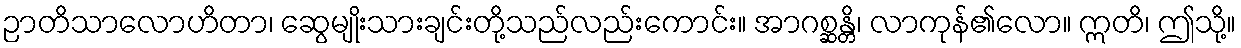
ဉာတိသာလောဟိတာ၊ ဆွေမျိုးသားချင်းတို့သည်လည်းကောင်း။ အာဂစ္ဆန္တိ၊ လာကုန်၏လော။ ဣတိ၊ ဤသို့။